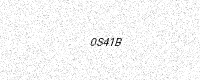
Text: 0S41B